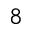
8